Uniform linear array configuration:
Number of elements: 16
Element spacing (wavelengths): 1
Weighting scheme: binomial
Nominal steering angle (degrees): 60
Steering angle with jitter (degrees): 60.109
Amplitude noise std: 0.05
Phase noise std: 0.05

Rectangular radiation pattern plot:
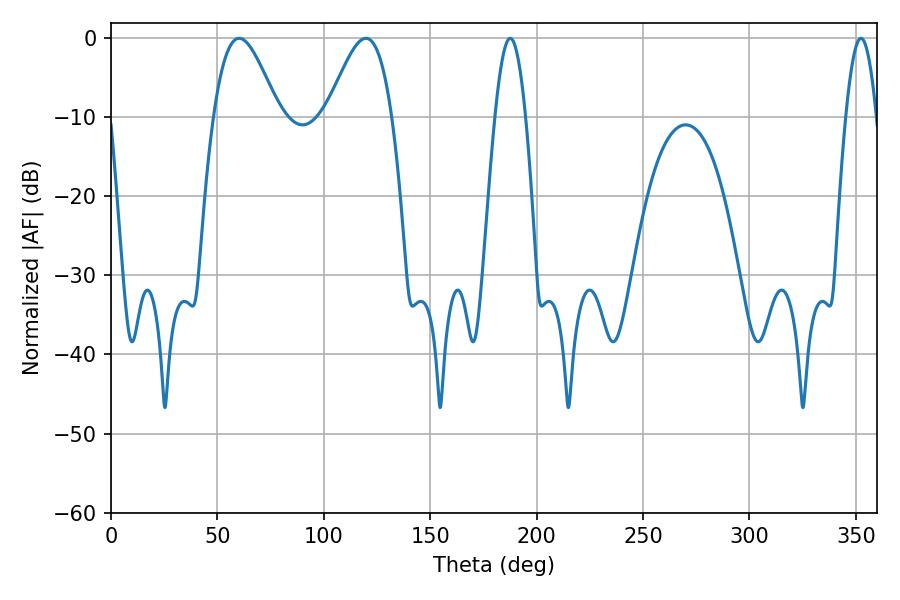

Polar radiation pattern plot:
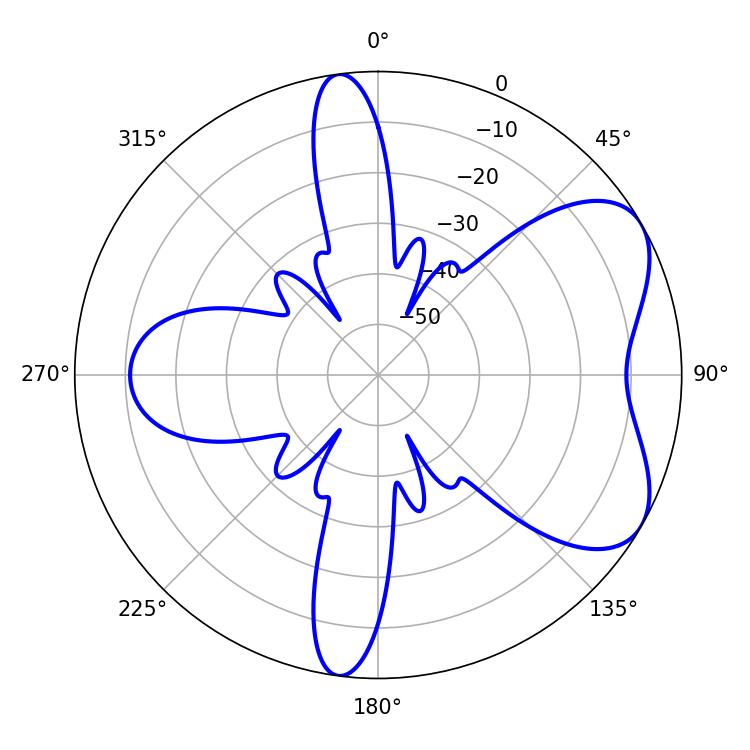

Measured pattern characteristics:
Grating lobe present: TRUE
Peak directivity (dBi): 5.972
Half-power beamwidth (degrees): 7.74
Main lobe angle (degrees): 187.56